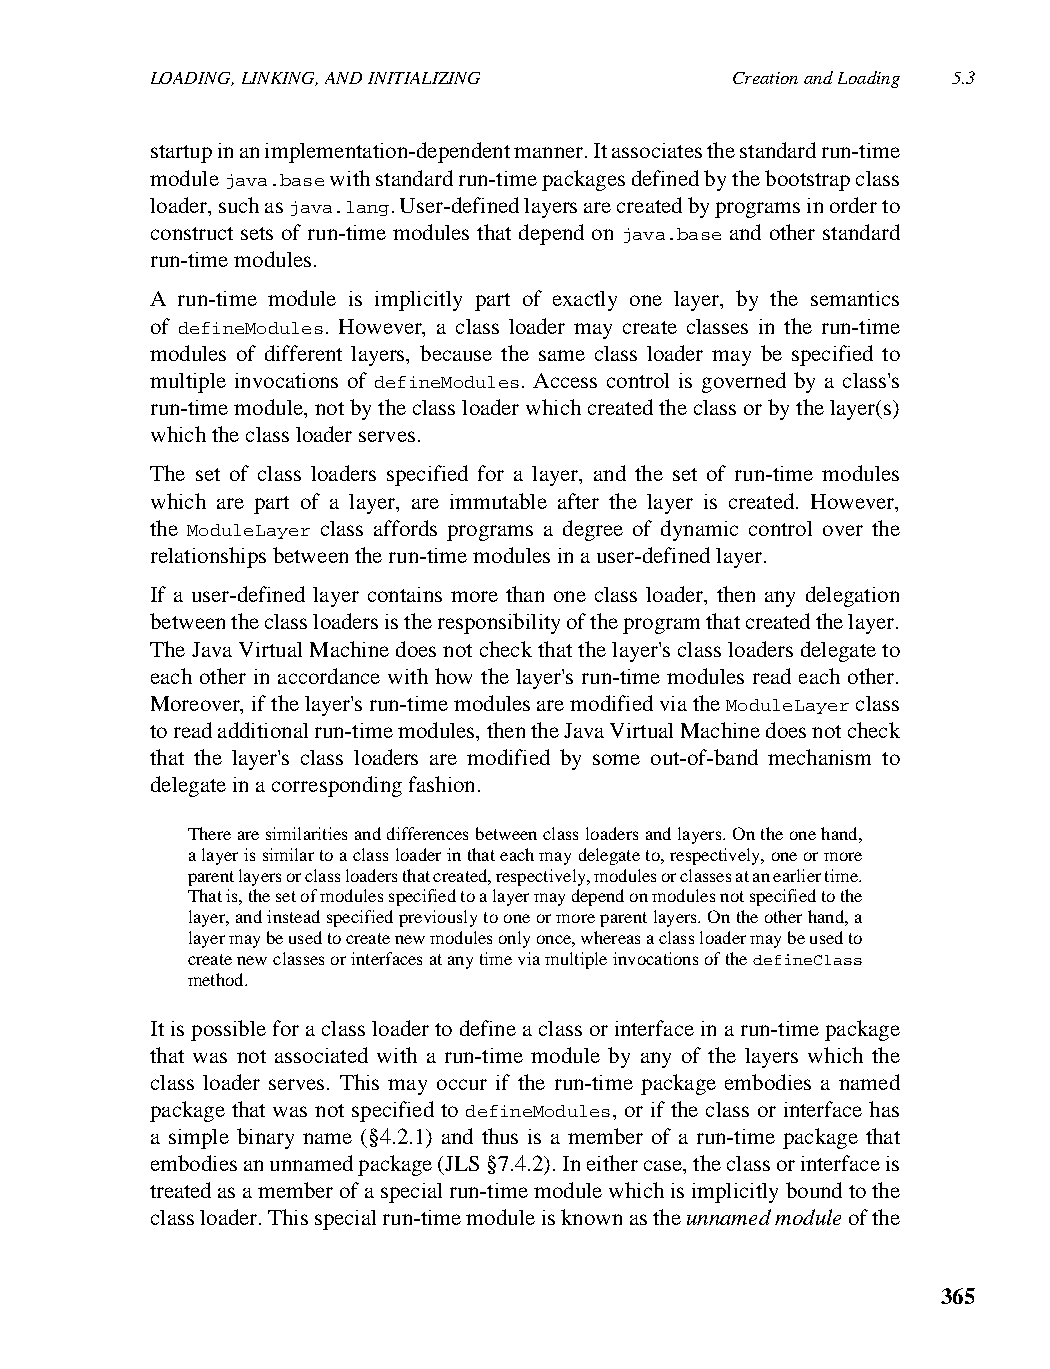
LOADING, LINKING, AND INITIALIZING    Creation and Loading 5.3
 startup in an implementation-dependent manner. It associates the standard run-time
 module java.base with standard run-time packages defined by the bootstrap class
 loader, such as java.lang. User-defined layers are created by programs in order to
 construct sets of run-time modules that depend on java.base and other standard
 run-time modules.
 A run-time module is implicitly part of exactly one layer, by the semantics
 of defineModules. However, a class loader may create classes in the run-time
 modules of different layers, because the same class loader may be specified to
 multiple invocations of defineModules. Access control is governed by a class's
 run-time module, not by the class loader which created the class or by the layer(s)
 which the class loader serves.
 The set of class loaders specified for a layer, and the set of run-time modules
 which are part of a layer, are immutable after the layer is created. However,
 the ModuleLayer class affords programs a degree of dynamic control over the
 relationships between the run-time modules in a user-defined layer.
 If a user-defined layer contains more than one class loader, then any delegation
 between the class loaders is the responsibility of the program that created the layer.
 The Java Virtual Machine does not check that the layer's class loaders delegate to
 each other in accordance with how the layer's run-time modules read each other.
 Moreover, if the layer's run-time modules are modified via the ModuleLayer class
 to read additional run-time modules, then the Java Virtual Machine does not check
 that the layer's class loaders are modified by some out-of-band mechanism to
 delegate in a corresponding fashion.
 There are similarities and differences between class loaders and layers. On the one hand,
 a layer is similar to a class loader in that each may delegate to, respectively, one or more
 parent layers or class loaders that created, respectively, modules or classes at an earlier time.
 That is, the set of modules specified to a layer may depend on modules not specified to the
 layer, and instead specified previously to one or more parent layers. On the other hand, a
 layer may be used to create new modules only once, whereas a class loader may be used to
 create new classes or interfaces at any time via multiple invocations of the defineClass
 method.
 It is possible for a class loader to define a class or interface in a run-time package
 that was not associated with a run-time module by any of the layers which the
 class loader serves. This may occur if the run-time package embodies a named
 package that was not specified to defineModules, or if the class or interface has
 a simple binary name (§4.2.1) and thus is a member of a run-time package that
 embodies an unnamed package (JLS §7.4.2). In either case, the class or interface is
 treated as a member of a special run-time module which is implicitly bound to the
 class loader. This special run-time module is known as the unnamed module of the
 365